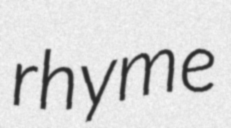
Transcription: rhyme